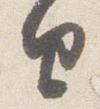
由